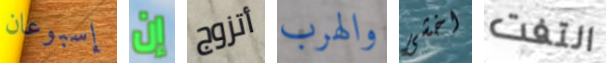
إسبوعان إن أتزوج والهرب اخشى التفت